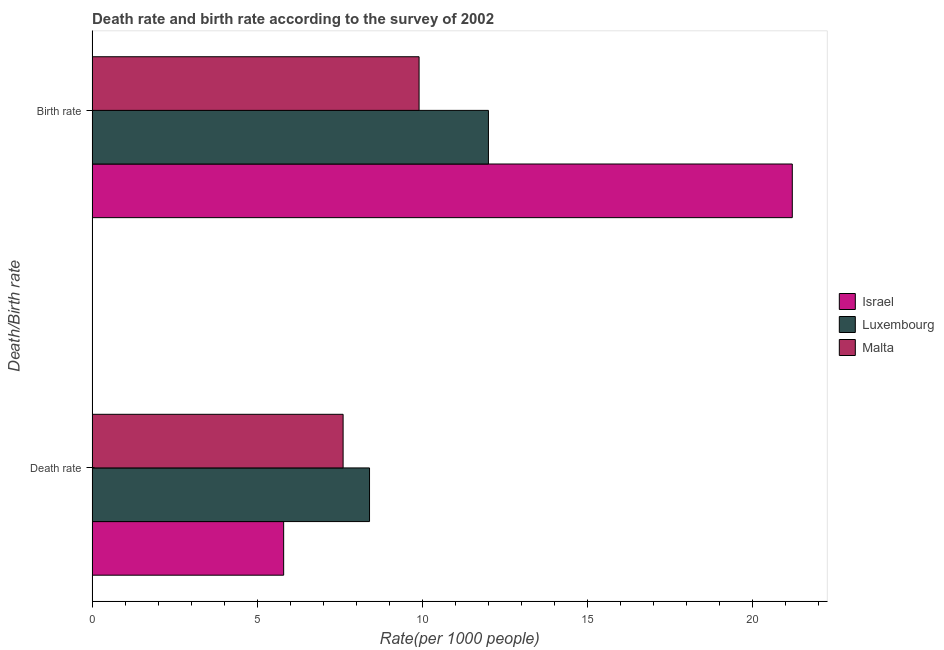
| Death/Birth rate | Israel | Luxembourg | Malta |
 | --- | --- | --- | --- |
 | Death rate | 5.8 | 8.4 | 7.6 |
 | Birth rate | 21.2 | 12 | 9.9 |